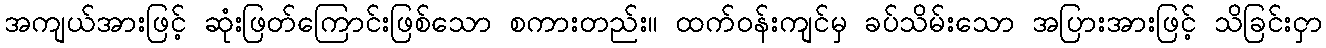
အကျယ်အားဖြင့် ဆုံးဖြတ်ကြောင်းဖြစ်သော စကားတည်း။ ထက်ဝန်းကျင်မှ ခပ်သိမ်းသော အပြားအားဖြင့် သိခြင်းငှာ